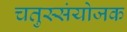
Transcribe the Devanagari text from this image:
चतुस्संयोजक